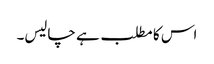
اس کا مطلب ہے چالیس۔